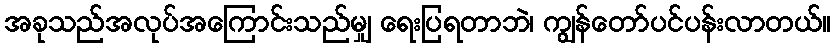
အခုသည်အလုပ်အကြောင်းသည်မျှ ရေးပြရတာဘဲ၊ ကျွန်တော်ပင်ပန်းလာတယ်။